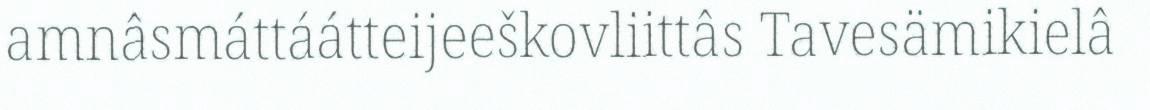
amnâsmáttáátteijeeškovliittâs Tavesämikielâ